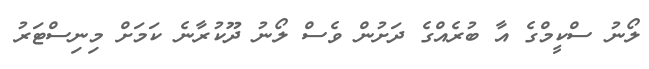
ލޯނު ސްކީމްގެ އާ ބުރެއްގެ ދަށުން ވެސް ލޯނު ދޫކުރާނެ ކަމަށް މިނިސްޓަރު